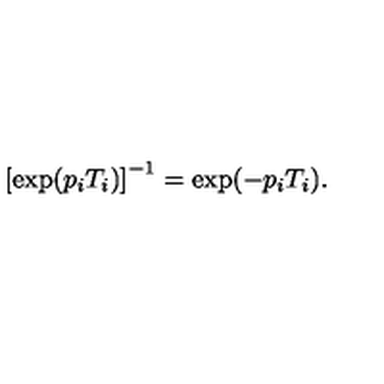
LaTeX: \left[ \exp ( p _ { i } T _ { i } ) \right] ^ { - 1 } = \exp ( - p _ { i } T _ { i } ) .